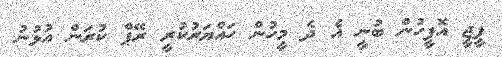
ޕީޖީ އޮފީހުން ބުނީ އެ ދެ މީހުން ހައްޔަރުކުރީ ރޭޕް ކުރަން އުޅުނު